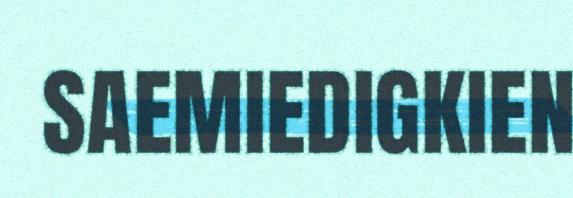
SAEMIEDIGKIEN